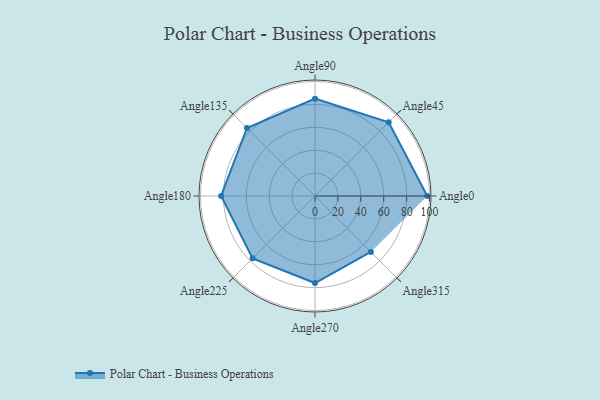
{"axis": {"x": "Angle", "y": "Radius"}, "legend": [""], "data": [{"x": "Angle0", "y": 98.0, "type": ""}, {"x": "Angle45", "y": 91.0, "type": ""}, {"x": "Angle90", "y": 85.0, "type": ""}, {"x": "Angle135", "y": 84.0, "type": ""}, {"x": "Angle180", "y": 82.0, "type": ""}, {"x": "Angle225", "y": 77.0, "type": ""}, {"x": "Angle270", "y": 76.0, "type": ""}, {"x": "Angle315", "y": 69.0, "type": ""}]}